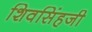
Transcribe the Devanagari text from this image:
शिवसिंहजी